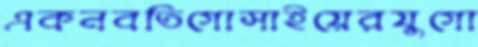
একনবতিগোসাইয়েরযুগো